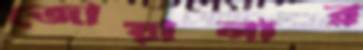
জোয়ানার